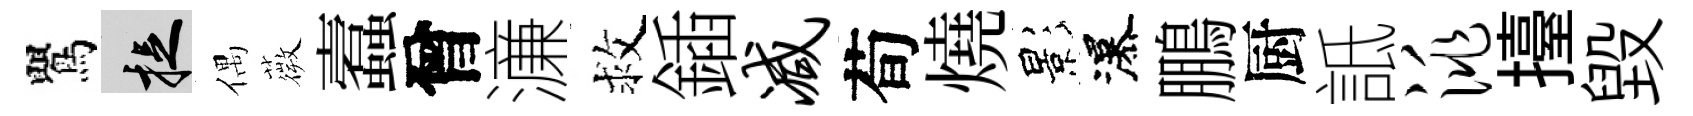
鸎捉偶薇蠧曾濓救鍤减荀燒影瀑鵬厨詆洮擡毁